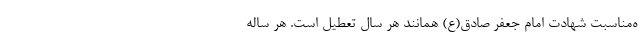
ه‌مناسبت شهادت امام جعفر صادق(ع) همانند هر سال تعطیل است. هر ساله